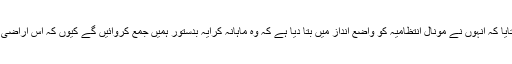
دوسری طرف، جب ڈائریکٹر ڈی ایم اے ظفر اقبال سے رابطہ کیا گیا تو انہوں نے بتایا کہ انہوں نے مونال انتظامیہ کو واضع انداز میں بتا دیا ہے کہ وہ ماہانہ کرایہ بدستور ہمیں جمع کروائیں گے کیوں کہ اس اراضی کی ملکیت تبدیل کرنے کا حتمی فیصلہ کسی بھی متعلقہ فورم سے نہیں موصول ہوا۔